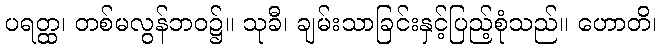
ပရတ္ထ၊ တစ်မလွန်ဘဝ၌။ သုခီ၊ ချမ်းသာခြင်းနှင့်ပြည့်စုံသည်။ ဟောတိ၊